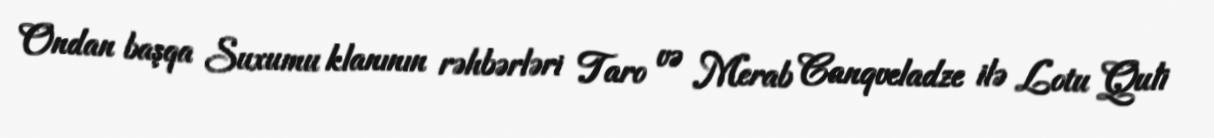
Ondan başqa Suxumu klanının rəhbərləri Taro və Merab Canqveladze ilə Lotu Quli